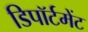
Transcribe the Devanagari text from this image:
डिपॉर्टमेंट